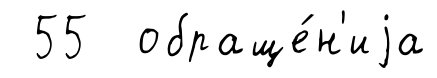
55 обраще́н'иjа